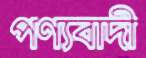
পণ্যবাদী